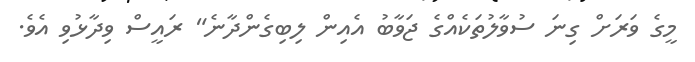
މީގެ ވަރަށް ގިނަ ސުވާލުތަކެއްގެ ޖަވާބު އެއިން ލިބިގެންދާނެ" ރައީސް ވިދާޅުވި އެވެ.